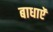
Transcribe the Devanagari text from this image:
बाधाऐं